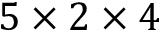
5 \times 2 \times 4